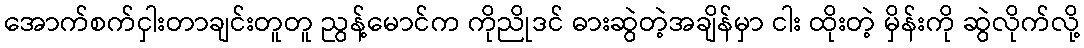
အောက်စက်ငှါးတာချင်းတူတူ ညွန့်မောင်က ကိုညိုဒင် ဓားဆွဲတဲ့အချိန်မှာ ငါး ထိုးတဲ့ မှိန်းကို ဆွဲလိုက်လို့